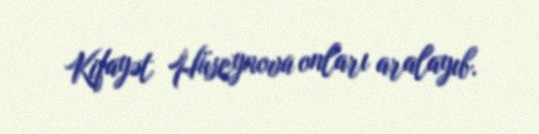
Kifayət Hüseynova onları aralayıb.